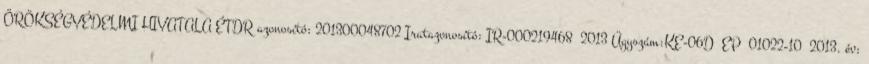
ÖRÖKSÉGVÉDELMI HIVATALA ÉTDR azonosító: 201300048702 Iratazonosító: IR-000219468 2013 Ügyszám:KE-06D EP 01022-10 2013. év: